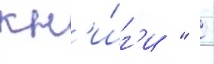
кн'и́г'и "